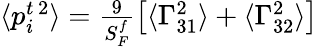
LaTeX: \begin{array}{r}{\langle p_{i}^{t\, 2}\rangle=\frac{9}{S_{F}^{f}}\left[\langle\Gamma_{31}^{2}\rangle+\langle\Gamma_{32}^{2}\rangle\right]}\end{array}